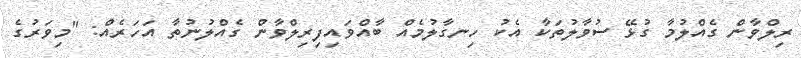
ރިލްވާން ގެއްލުމާ ގުޅޭ ސުވާލުތަކާ އެކު ހިނގާލުމެއް ބާއްވައިފިރިލްވާން ގެއްލުނުތާ އަހަރެއް: "މިވަރުގެ